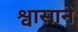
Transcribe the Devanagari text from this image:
श्वासाने